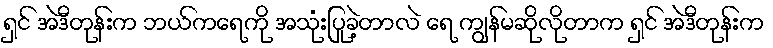
ရှင် အဲဒီတုန်းက ဘယ်ကရေကို အသုံးပြုခဲ့တာလဲ ရေ ကျွန်မဆိုလိုတာက ရှင် အဲဒီတုန်းက